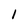
Character: l